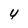
Character: 4